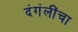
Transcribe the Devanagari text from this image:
दंगंलींचा